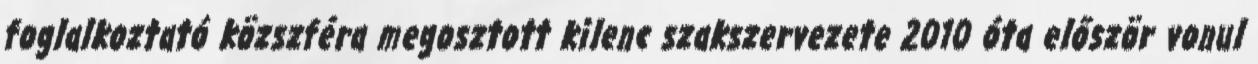
foglalkoztató közszféra megosztott kilenc szakszervezete 2010 óta először vonul